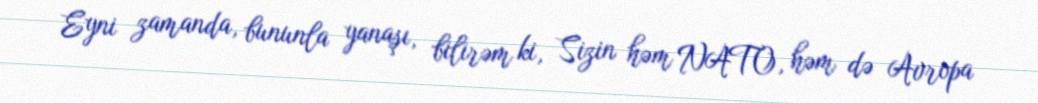
Eyni zamanda, bununla yanaşı, bilirəm ki, Sizin həm NATO, həm də Avropa